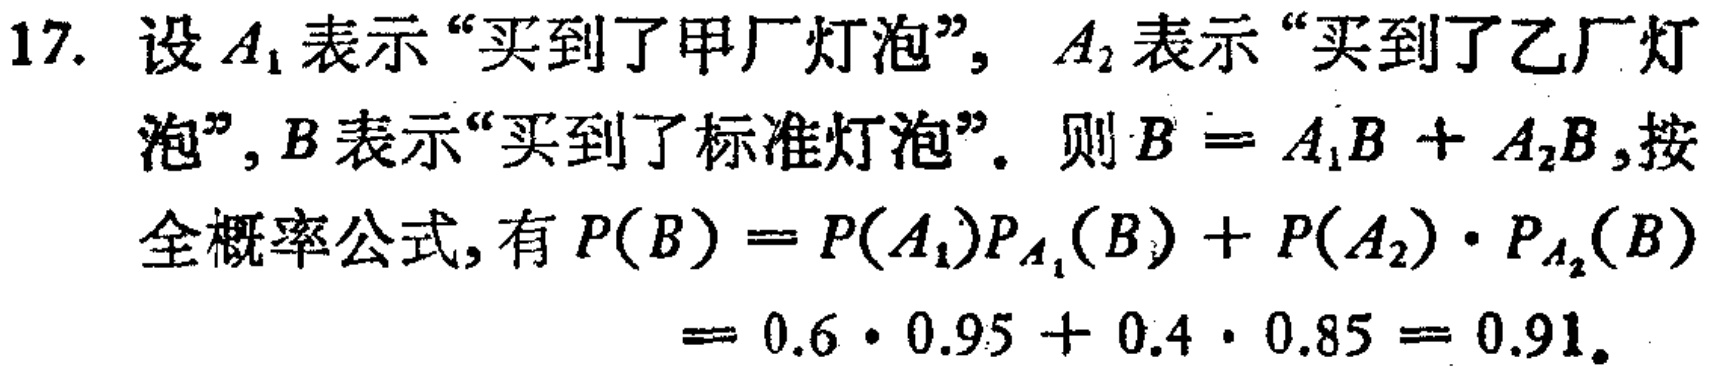
17. 设 \(A_{1}\) 表示“买到了甲厂灯泡”，\(A_{2}\) 表示“买到了乙厂灯泡”，\(B\) 表示“买到了标准灯泡”。则 \(B = A_{1}B + A_{2}B\)，按全概率公式，有 \(P(B)=P(A_{1})P_{A_{1}}(B)+P(A_{2})\cdot P_{A_{2}}(B)\)

\[

= 0.6\cdot 0.95 + 0.4\cdot 0.85 = 0.91.

\]